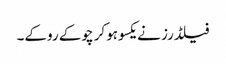
فیلڈرز نے یکسوہوکر چوکے روکے۔